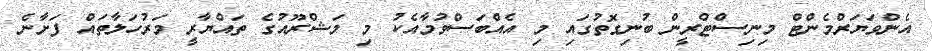
އެންވަޔަރްމެންޓް މިނިސްޓްރީން ބުނިގޮތުގައި މި އެއްބަސްވުމާއެކު މި މަޝްރޫއުގެ ތައްޔާރީ މަރުހަލާތައް ފަށާނެ